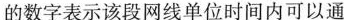
12的数字表示该段网线单位时间内可以通